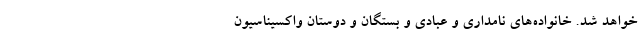
خواهد شد. خانواده‌های نامداری و عبادی و بستگان و دوستان واکسیناسیون